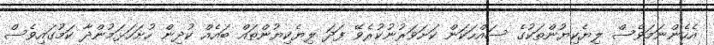
އެހެންނަމަވެސް ލިޔެކިޔުންތަކުގެ ސައްހަކަން ކަށަވަރުނުކުރެވޭ ފަދަ ލިޔެކިޔުންތައް ބައެއް ކުދިން ހުށަހަޅަމުންދާ ކަމުގައިވެސް